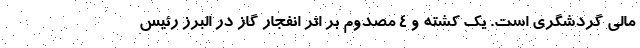
مالی گردشگری است. یک کشته و 4 مصدوم بر اثر انفجار گاز در البرز رئیس